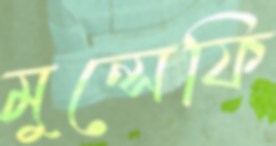
মুন্সেফি